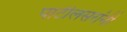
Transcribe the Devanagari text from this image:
पाटीलसरांनी